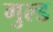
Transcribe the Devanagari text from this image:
गुल्ड